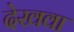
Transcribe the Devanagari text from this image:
देखवा